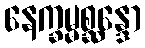
နေက္ခမ္မစ္ဆန္ဒော